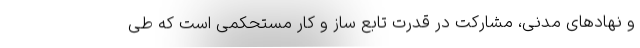
و نهادهای مدنی‌، مشارکت در قدرت تابع ساز و کار مستحکمی است که طی